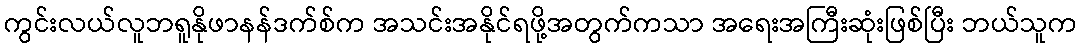
ကွင်းလယ်လူဘရူနိုဖာနန်ဒက်စ်က အသင်းအနိုင်ရဖို့အတွက်ကသာ အရေးအကြီးဆုံးဖြစ်ပြီး ဘယ်သူက